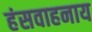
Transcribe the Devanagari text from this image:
हंसवाहनाय